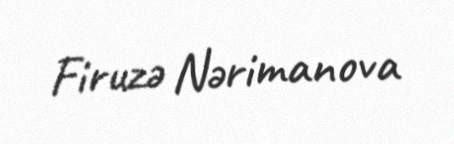
Firuzə Nərimanova